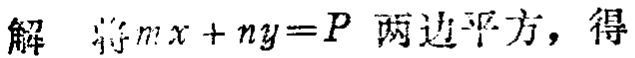
解 将\(mx + ny = P\)两边平方，得